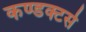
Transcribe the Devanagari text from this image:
कण्डक्टर्स